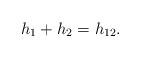
LaTeX: \begin{align*}h_{1}+h_{2}=h_{12}.\end{align*}